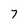
Character: 7